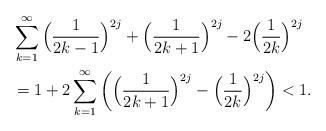
LaTeX: \begin{align*}&\sum_{k=1}^\infty \Big(\frac{1}{2k-1}\Big)^{2j}+\Big(\frac{1}{2k+1}\Big)^{2j}-2\Big(\frac{1}{2k}\Big)^{2j}\\&=1+2\sum_{k=1}^\infty\left(\Big(\frac{1}{2k+1}\Big)^{2j}-\Big(\frac{1}{2k}\Big)^{2j}\right)<1.\end{align*}